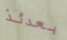
بعدئذ